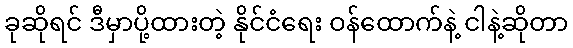
ခုဆိုရင် ဒီမှာပို့ထားတဲ့ နိုင်ငံရေး ဝန်ထောက်နဲ့ ငါနဲ့ဆိုတာ